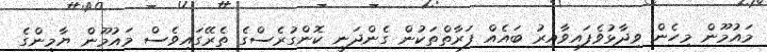
މައުމޫން މިހެން ވިދާޅުވެފައިވާއިރު ބައެއް ފަރާތްތަކުން ގެންދަނީ ކޮންގުރެސްގެ ތެރޭގައިވެސް މައުމޫން ޔާމީންގެ